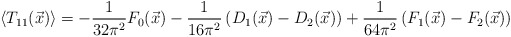
\begin{align*}\left\langle T_{11}(\vec{x})\right\rangle =-\frac{1}{32\pi ^{2}}F_{0}(\vec{x})-\frac{1}{16\pi ^{2}}\left( D_{1}(\vec{x})-D_{2}(\vec{x})\right) +\frac{1}{64\pi ^{2}}\left( F_{1}(\vec{x})-F_{2}(\vec{x})\right)\end{align*}